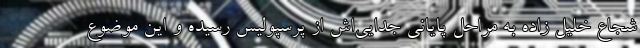
شجاع خلیل زاده به مراحل پایانی جدایی‌‌اش از پرسپولیس رسیده و این موضوع